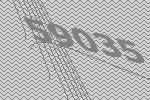
59035